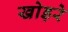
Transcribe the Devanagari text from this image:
खोड़रे